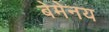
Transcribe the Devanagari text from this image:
बेमेनय